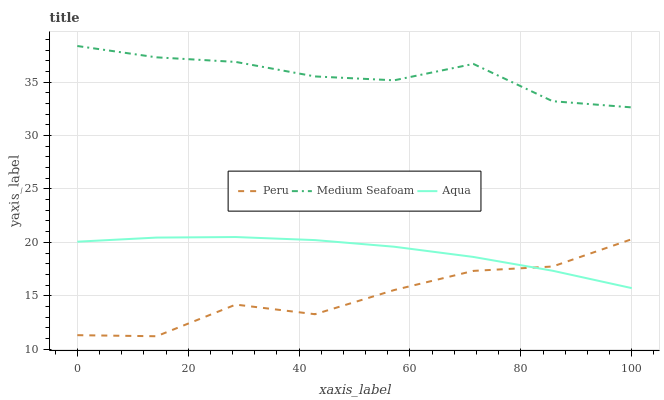
| xaxis_label | Peru | Medium Seafoam | Aqua |
 | --- | --- | --- | --- |
 | 0 | 11.3 | 38.4 | 20.1 |
 | 14.3 | 11.2 | 37.3 | 20.4 |
 | 28.6 | 14.2 | 36.9 | 20.5 |
 | 42.9 | 13.3 | 35.5 | 20.2 |
 | 57.1 | 15.5 | 35.2 | 19.6 |
 | 71.4 | 17.3 | 36.7 | 18.6 |
 | 85.7 | 17.7 | 33.2 | 17.3 |
 | 100 | 20.3 | 32.6 | 15.7 |